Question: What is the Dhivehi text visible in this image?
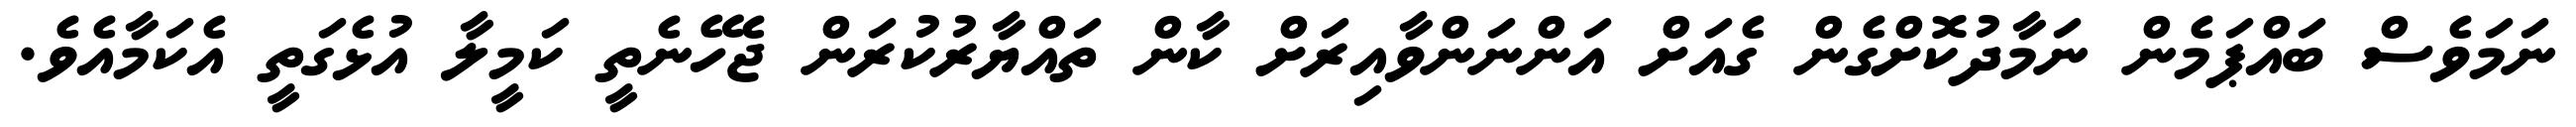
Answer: ނަމަވެސް ބައްޕަމެން ނަމާދުކޮށްގެން ގެއަށް އަންނަންވާއިރަށް ކާން ތައްޔާރުކުރަން ޖެހޭނެތީ ކަމީލާ އުޅެގަތީ އެކަމާއެވެ.